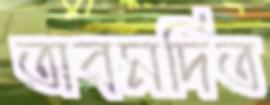
অবমর্দিত